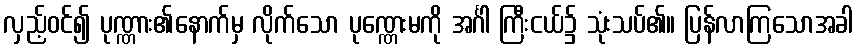
လှည့်ဝင်၍ ပုဏ္ဏား၏နောက်မှ လိုက်သော ပုဏ္ဏေးမကို အင်္ဂါ ကြီးငယ်၌ သုံးသပ်၏။ ပြန်လာကြသောအခါ